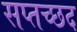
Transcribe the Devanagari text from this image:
सप्तच्छद